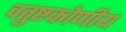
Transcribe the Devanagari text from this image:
चतुष्टकोणीय